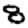
Digit: 8